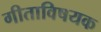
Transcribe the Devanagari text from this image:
गीताविषयक